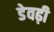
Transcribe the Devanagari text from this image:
डेवढ़ी